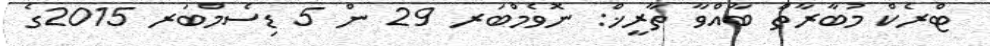
ޓްރެކް މުބާރާތް ބާއްވާ ތާރީޚް: ނޮވެމްބަރ 29 ން 5 ޑިސެމްބަރ 2015ގެ